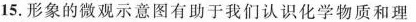
15. 形象的微观示意图有助于我们认识化学物质和理